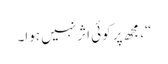
“، مجھ پر کوئی اثر نہیں ہوا۔